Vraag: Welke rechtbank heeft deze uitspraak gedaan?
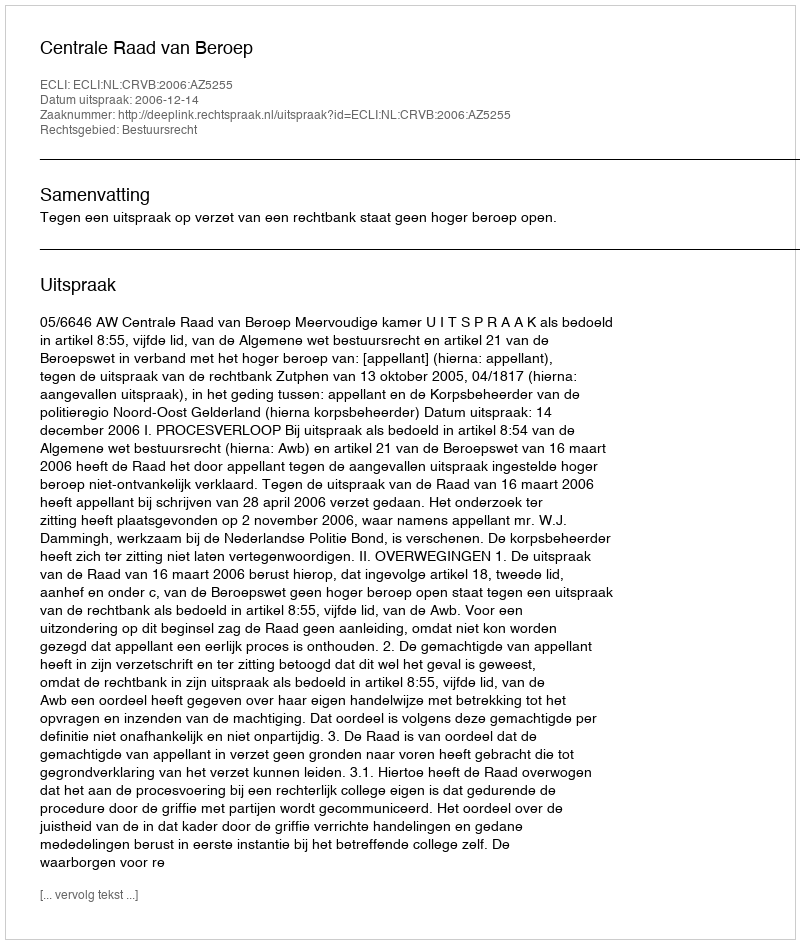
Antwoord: Centrale Raad van Beroep